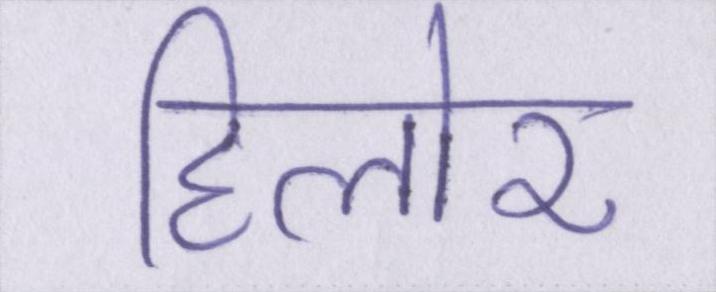
हिलोर